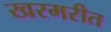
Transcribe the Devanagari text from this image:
खरमरीत